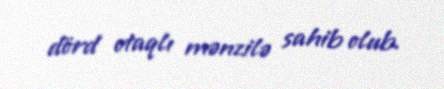
dörd otaqlı mənzilə sahib olub.